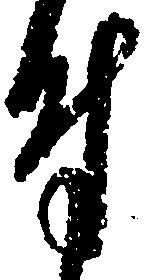
付